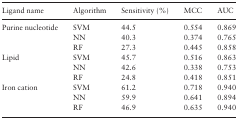
| Ligand name | Algorithm | Sensitivity (%) | MCC | AUC |
 | --- | --- | --- | --- | --- |
 | <ROWSPAN=3> Purine nucleotide | SVM | 44.5 | 0.554 | 0.869 |
 | NN | 40.3 | 0.374 | 0.765 |
 | RF | 27.3 | 0.445 | 0.858 |
 | <ROWSPAN=3> Lipid | SVM | 45.7 | 0.516 | 0.863 |
 | NN | 42.6 | 0.338 | 0.753 |
 | RF | 24.8 | 0.418 | 0.851 |
 | <ROWSPAN=3> Iron cation | SVM | 61.2 | 0.718 | 0.940 |
 | NN | 59.9 | 0.641 | 0.894 |
 | RF | 46.9 | 0.635 | 0.940 |